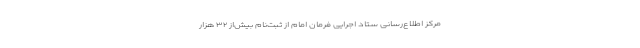
مرکز اطلاع‌رسانی ستاد اجرایی فرمان امام از ثبت‌نام بیش‌از ۳۲ هزار